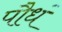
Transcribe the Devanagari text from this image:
पौधं